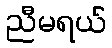
ညီမရယ်